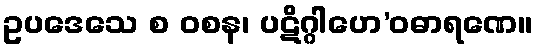
ဥပဒေသေ စ ဝစန၊ ပဋိဂ္ဂါဟေ’ဝဓာရဏေ။